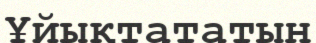
Ұйықтататын